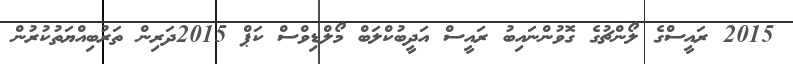
2015 ރައީސްގެ ލޯންޗުގެ ގޮވުންނައިބު ރައީސް އަދީބުކްލަބް މޯލްޑިވްސް ކަޕް 2015ދަރިން ތަރުބިއްޔަތުކުރުން